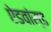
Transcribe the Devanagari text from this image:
ऐडवांस्ड